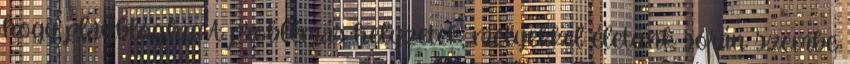
hogy play.blog.hu A problémás helyzetek, melyekkel életünk során szembe